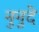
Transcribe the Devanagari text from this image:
नुनुदे